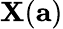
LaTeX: \mathbf{X}(\mathbf{{a}})